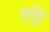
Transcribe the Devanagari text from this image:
वृठ्ठि